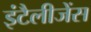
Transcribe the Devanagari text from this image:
इंटैलीजेंस